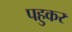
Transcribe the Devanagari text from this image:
पहुकर